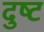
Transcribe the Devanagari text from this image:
दुष्‍ट